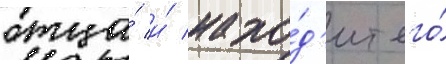
отца́ и́ нахо́д'ит его́